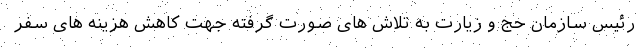
رئیس سازمان حج و زیارت به تلاش های صورت گرفته جهت کاهش هزینه های سفر